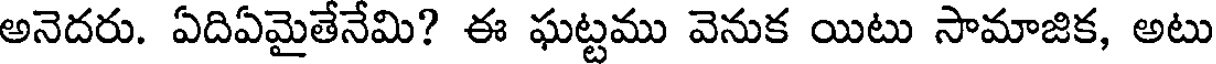
అనెదరు. ఏదిఏమైతేనేమి? ఈ ఘట్టము వెనుక యిటు సామాజిక, అటు